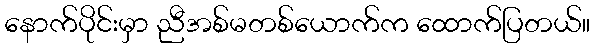
နောက်ပိုင်းမှာ ညီအစ်မတစ်ယောက်က ထောက်ပြတယ်။